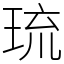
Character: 琉